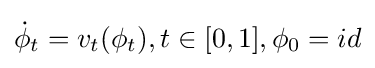
{\dot {\phi }}_{t}=v_{t}(\phi _{t}),t\in [0,1],\phi _{0}={id}